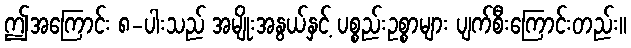
ဤအကြောင်း ၈-ပါးသည် အမျိုးအနွယ်နှင့် ပစ္စည်းဥစ္စာများ ပျက်စီးကြောင်းတည်း။